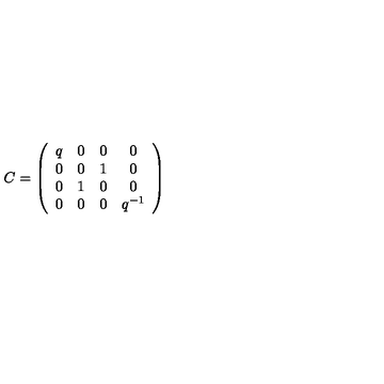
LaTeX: C = \left( \begin{array} { c c c c } { q } & { 0 } & { 0 } & { 0 } \\ { 0 } & { 0 } & { 1 } & { 0 } \\ { 0 } & { 1 } & { 0 } & { 0 } \\ { 0 } & { 0 } & { 0 } & { q ^ { - 1 } } \\ \end{array} \right) \nonumber